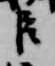
臣